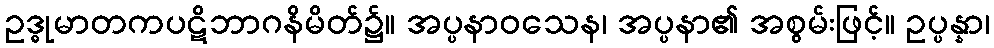
ဥဒ္ဓုမာတကပဋိဘာဂနိမိတ်၌။ အပ္ပနာဝသေန၊ အပ္ပနာ၏ အစွမ်းဖြင့်။ ဥပ္ပန္နာ၊